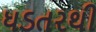
ધડતરથી